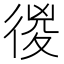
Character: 㣭